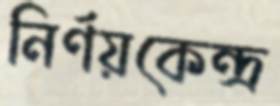
নির্ণয়কেন্দ্র